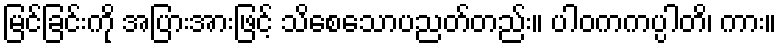
မြင်ခြင်းကို အပြားအားဖြင့် သိစေသောပညတ်တည်း။ ပါဝကကပ္ပါတိ၊ ကား။